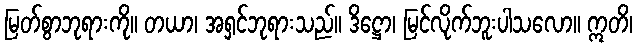
မြတ်စွာဘုရားကို။ တယာ၊ အရှင်ဘုရားသည်။ ဒိဋ္ဌော၊ မြင်လိုက်ဘူးပါသလော။ ဣတိ၊